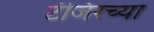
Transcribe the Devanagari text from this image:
टँजिरच्या